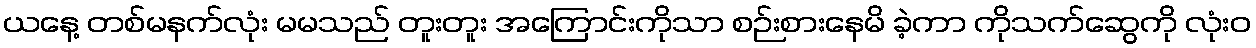
ယနေ့ တစ်မနက်လုံး မမသည် တူးတူး အကြောင်းကိုသာ စဉ်းစားနေမိ ခဲ့ကာ ကိုသက်ဆွေကို လုံးဝ